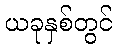
ယခုနှစ်တွင်